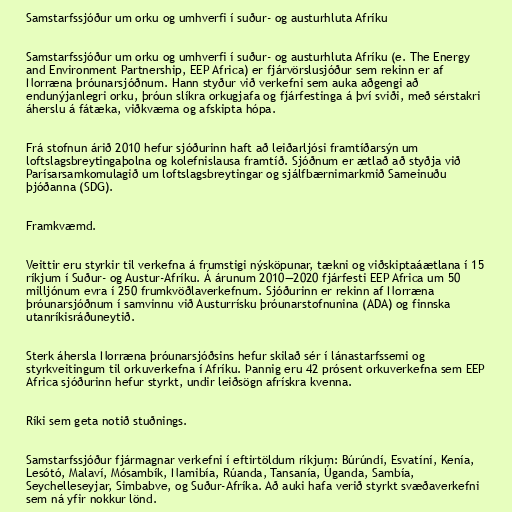
Samstarfssjóður um orku og umhverfi í suður- og austurhluta Afríku

Samstarfssjóður um orku og umhverfi í suður- og austurhluta Afríku (e. The Energy
and Environment Partnership, EEP Africa) er fjárvörslusjóður sem rekinn er af
Norræna þróunarsjóðnum. Hann styður við verkefni sem auka aðgengi að
endunýjanlegri orku, þróun slíkra orkugjafa og fjárfestinga á því sviði, með sérstakri
áherslu á fátæka, viðkvæma og afskipta hópa.

Frá stofnun árið 2010 hefur sjóðurinn haft að leiðarljósi framtíðarsýn um
loftslagsbreytingaþolna og kolefnislausa framtíð. Sjóðnum er ætlað að styðja við
Parísarsamkomulagið um loftslagsbreytingar og sjálfbærnimarkmið Sameinuðu
þjóðanna (SDG).

Framkvæmd.

Veittir eru styrkir til verkefna á frumstigi nýsköpunar, tækni og viðskiptaáætlana í 15
ríkjum í Suður- og Austur-Afríku. Á árunum 2010—2020 fjárfesti EEP Africa um 50
milljónum evra í 250 frumkvöðlaverkefnum. Sjóðurinn er rekinn af Norræna
þróunarsjóðnum í samvinnu við Austurrísku þróunarstofnunina (ADA) og finnska
utanríkisráðuneytið.

Sterk áhersla Norræna þróunarsjóðsins hefur skilað sér í lánastarfssemi og
styrkveitingum til orkuverkefna í Afríku. Þannig eru 42 prósent orkuverkefna sem EEP
Africa sjóðurinn hefur styrkt, undir leiðsögn afrískra kvenna.

Ríki sem geta notið stuðnings.

Samstarfssjóður fjármagnar verkefni í eftirtöldum ríkjum: Búrúndí, Esvatíní, Kenía,
Lesótó, Malaví, Mósambík, Namibía, Rúanda, Tansanía, Úganda, Sambía,
Seychelleseyjar, Simbabve, og Suður-Afríka. Að auki hafa verið styrkt svæðaverkefni
sem ná yfir nokkur lönd.